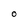
Character: 0